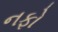
નફો